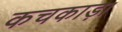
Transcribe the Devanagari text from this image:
कचकाड़ा